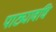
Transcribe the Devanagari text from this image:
पाठ्यावधि